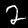
Label: 2